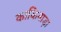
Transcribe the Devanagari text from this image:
काकिनाड़ा